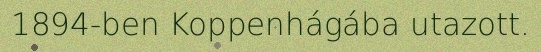
1894-ben Koppenhágába utazott.